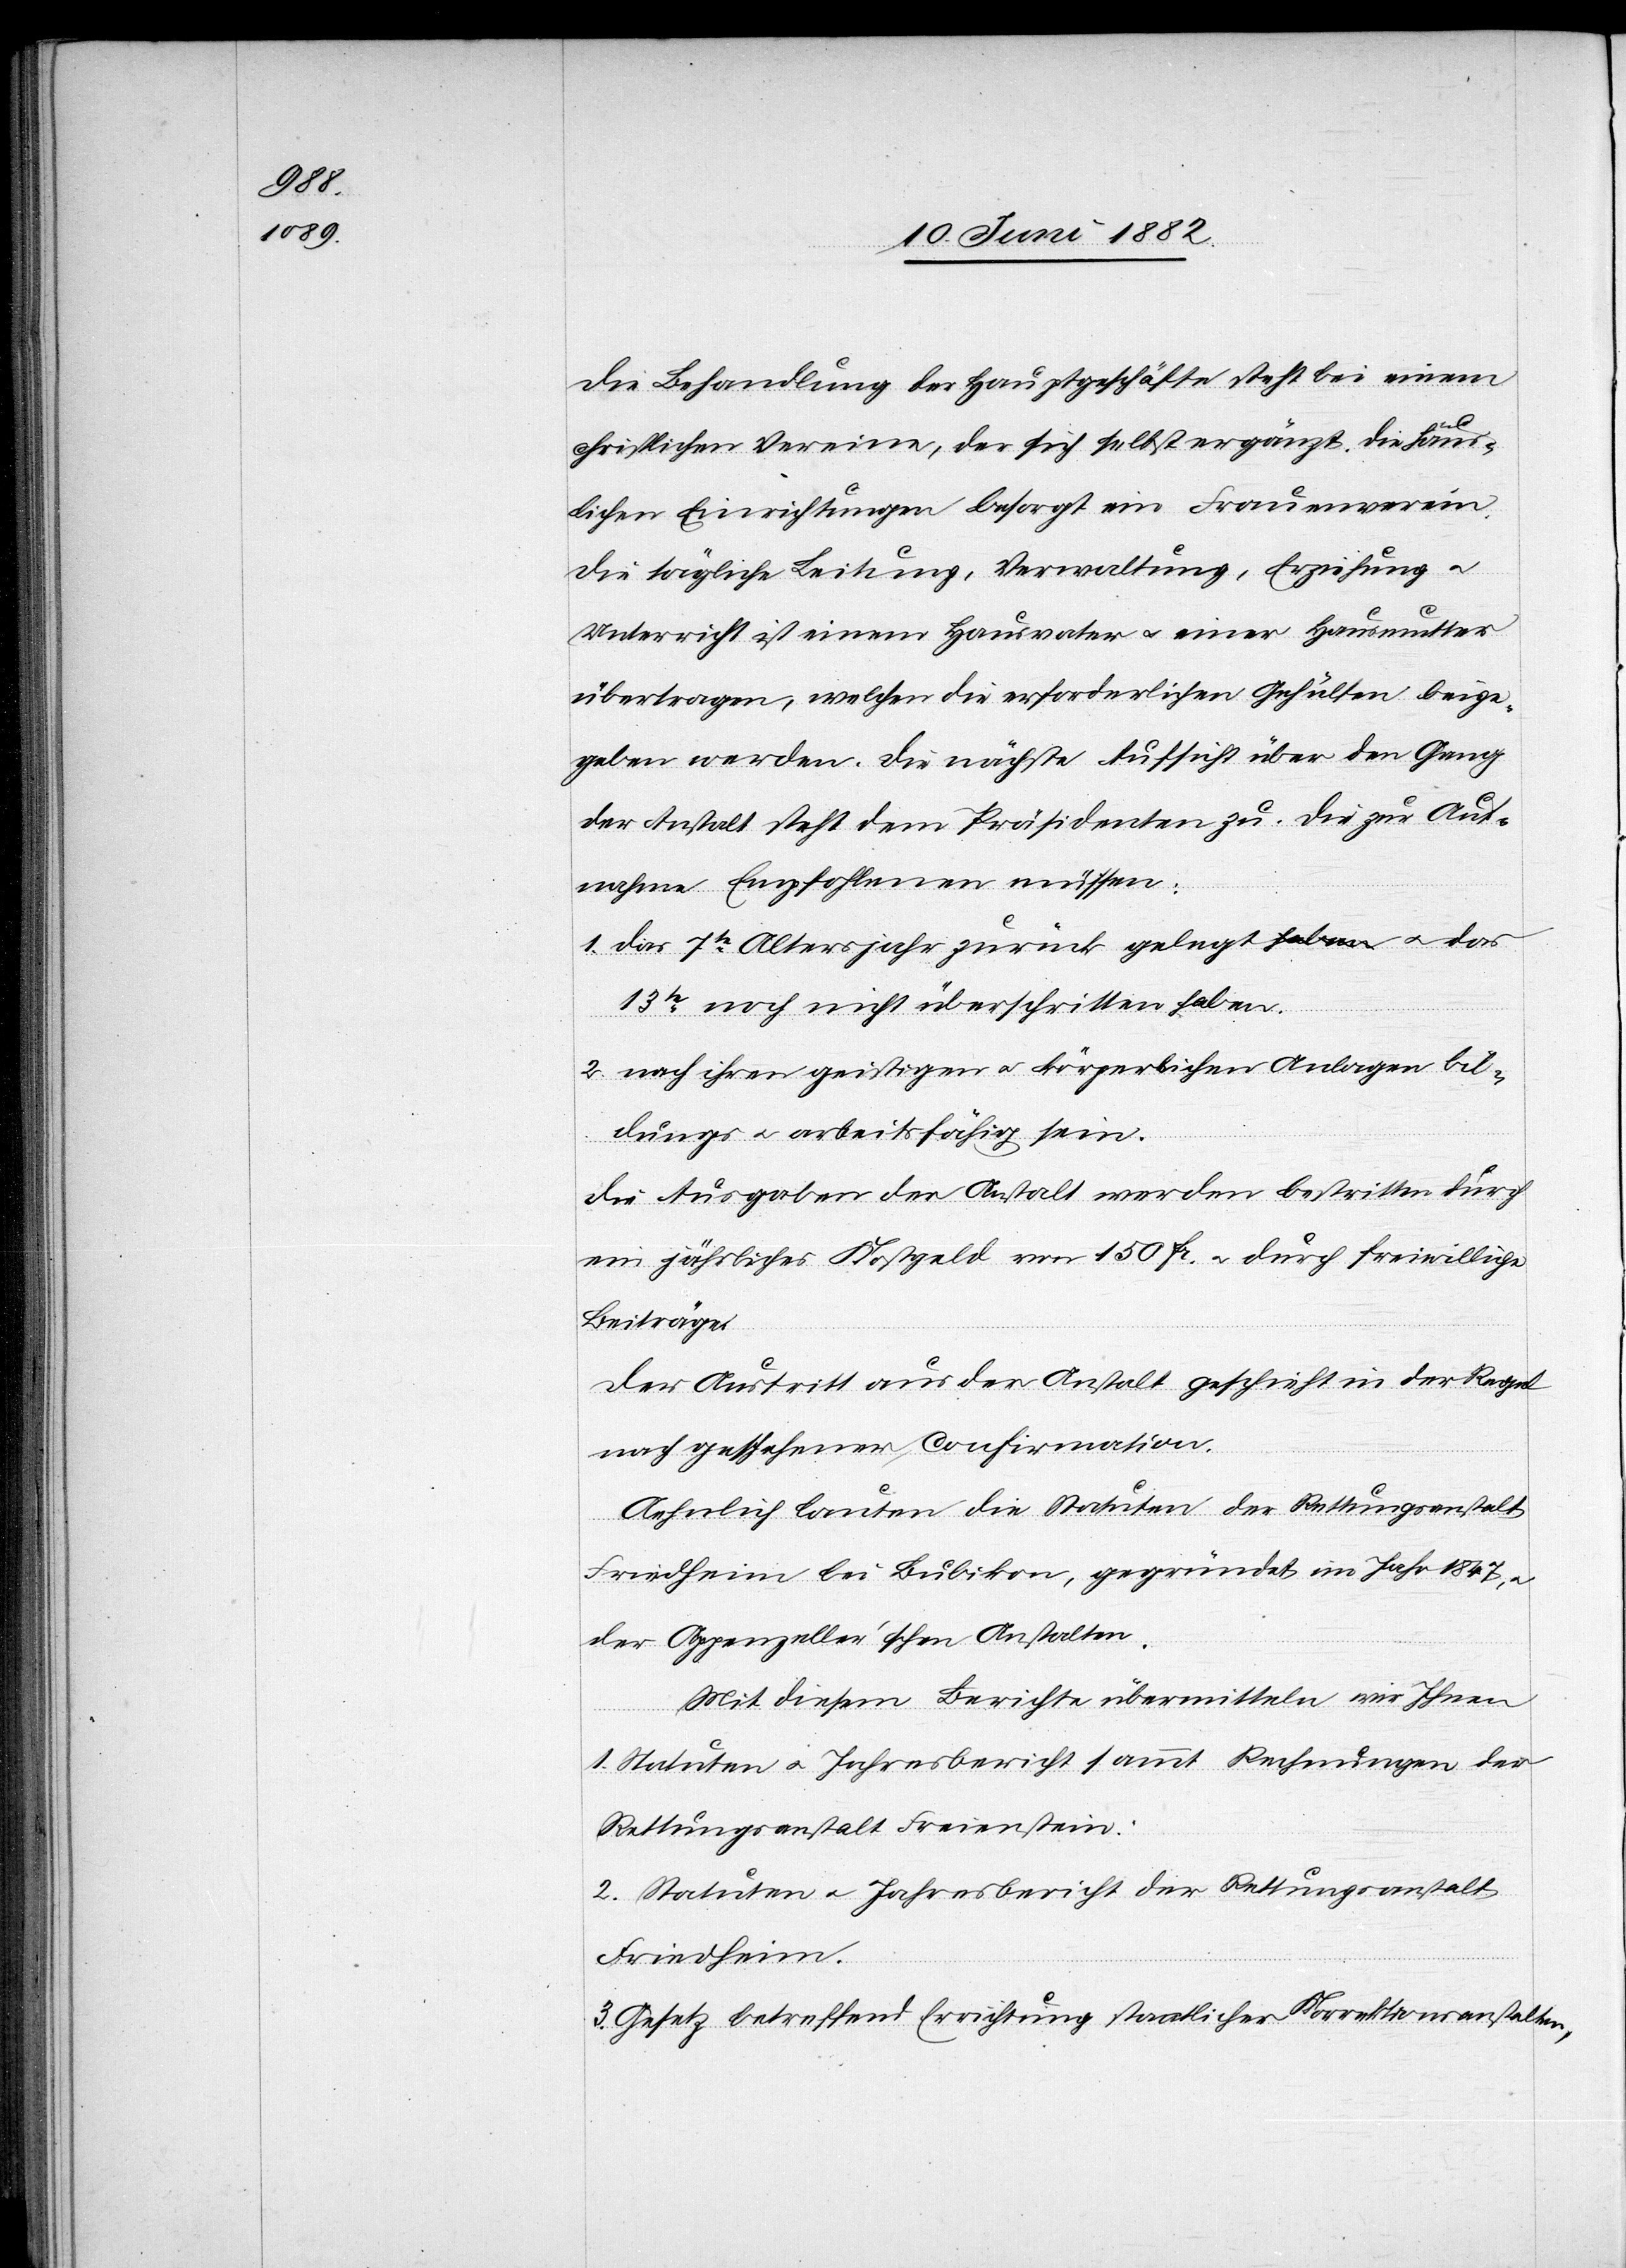
Die Behandlung der Hauptgeschäfte steht bei einem
christlichen Vereine, der sich selbst ergänzt. Die häus¬
lichen Einrichtungen besorgt ein Frauenverein.
Die tägliche Leitung, Verwaltung, Erziehung u.
Unterricht ist einem Hausvater u. einer Hausmutter
übertragen, welchen die erforderlichen Gehülfen beige¬
geben werden. Die nächste Aufsicht über den Gang
der Anstalt steht dem Präsidenten zu. Die zur Auf¬
nahme Empfohlenen müssen:
1. das 7te Altersjahr zurück gelegt haben u. das
13te noch nicht überschritten haben.
2. nach ihren geistigen u. körperlichen Anlagen bil¬
dungs- u. arbeitsfähig sein.
Die Ausgaben der Anstalt werden bestritten durch
ein jährliches Kostgeld von 150 Fr. u. durch freiwillige
Beiträge.
Der Austritt aus der Anstalt geschieht in der Regel
nach geschehener Confirmation.
Aehnlich lautet die Statuten der Rettungsanstalt
Friedheim bei Bubikon, gegründet im Jahr 1847, u.
der Appenzeller’schen Anstalten.
Mit diesem Berichte übermitteln wir Ihnen
1. Statuten u. Jahresbericht sammt Rechnungen der
Rettungsanstalt Freienstein.
2. Statuten u. Jahresbericht der Rettungsanstalt
Friedheim.
3. Gesetz betreffend Errichtung staatlicher Korrektionsanstalten,